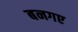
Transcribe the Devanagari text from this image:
बनगए